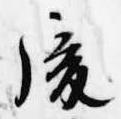
後